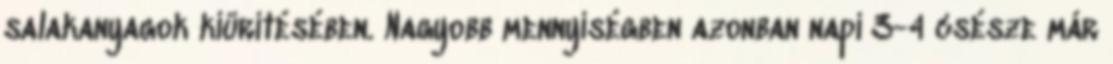
salakanyagok kiürítésében. Nagyobb mennyiségben azonban napi 3-4 csésze már